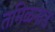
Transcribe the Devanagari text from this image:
तमिळनाड